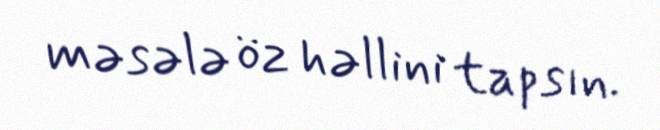
məsələ öz həllini tapsın.